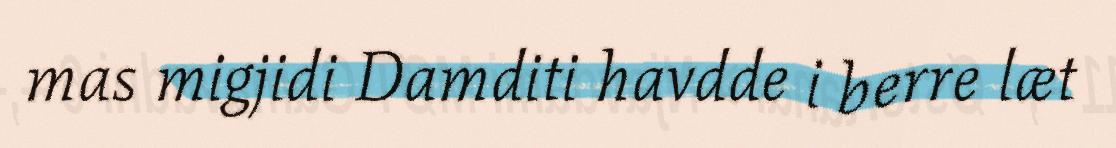
mas migjidi Damditi havdde i berre læt